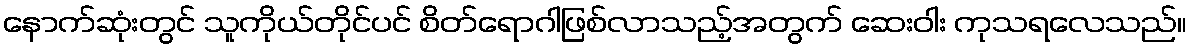
နောက်ဆုံးတွင် သူကိုယ်တိုင်ပင် စိတ်ရောဂါဖြစ်လာသည့်အတွက် ဆေးဝါး ကုသရလေသည်။